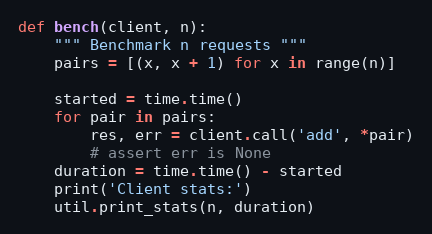
Language: Python
def bench(client, n):
    """ Benchmark n requests """
    pairs = [(x, x + 1) for x in range(n)]

    started = time.time()
    for pair in pairs:
        res, err = client.call('add', *pair)
        # assert err is None
    duration = time.time() - started
    print('Client stats:')
    util.print_stats(n, duration)